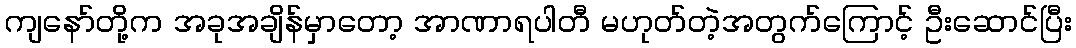
ကျနော်တို့က အခုအချိန်မှာတော့ အာဏာရပါတီ မဟုတ်တဲ့အတွက်ကြောင့် ဦးဆောင်ပြီး